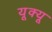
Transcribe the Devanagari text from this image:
यूक्यू